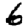
Digit: 6